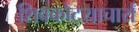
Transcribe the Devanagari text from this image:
शिवकोटयाचार्य